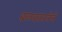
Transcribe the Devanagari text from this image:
बळकावलेले